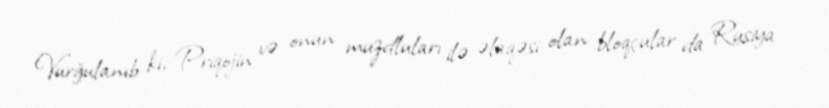
Vurğulanıb ki, Priqojin və onun muzdluları ilə əlaqəsi olan bloqçular da Rusiya